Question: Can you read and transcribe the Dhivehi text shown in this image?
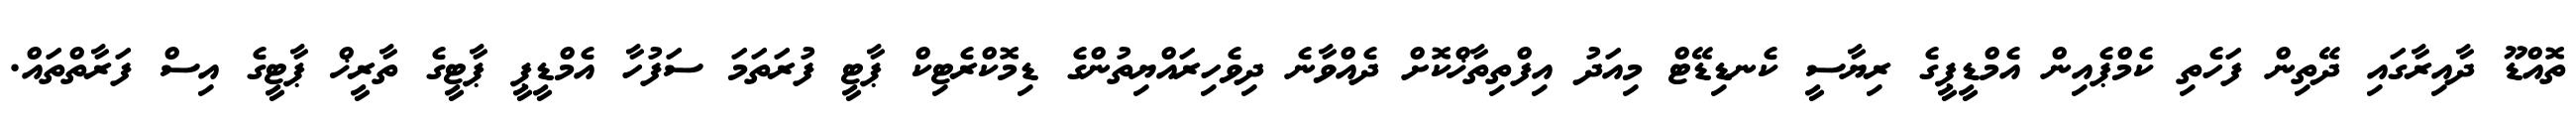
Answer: ތޮއްޑޫ ދާއިރާގައި ދޭތިން ފަހެތި ކެމްޕެއިން އެމްޑީޕީގެ ރިޔާސީ ކެނޑިޑޭޓް މިއަދު އިފްތިތާޚްކޮށް ދެއްވާނެ ދިވެހިރައްޔިތުންގެ ޑިމޮކްރެޓިކް ޕާޓީ ފުރަތަމަ ސަފުހާ އެމްޑީޕީ ޕާޓީގެ ތާރީޚް ޕާޓީގެ އިސް ފަރާތްތައް.